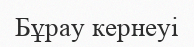
Бұрау кернеуі